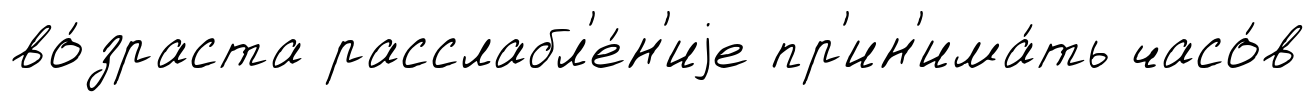
во́зраста расслабл'е́н'иjе пр'ин'има́ть часо́в